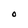
Character: O